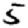
Digit: 5